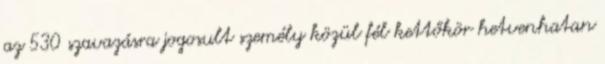
az 530 szavazásra jogosult személy közül fél kettőkör hetvenhatan